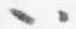
以